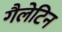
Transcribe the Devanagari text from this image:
गैलेटिन